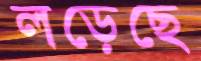
লড়েছে